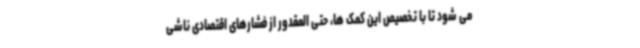
می شود تا با تخصیص این کمک ها، حتی المقدور از فشارهای اقتصادی ناشی